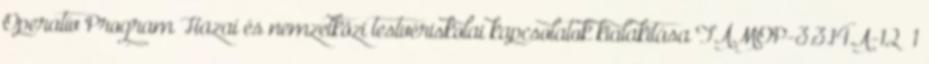
Operatív Program Hazai és nemzetközi testvériskolai kapcsolatok kialakítása TÁMOP-3.3.14.A-12 1